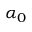
\alpha _ { 0 }